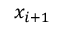
x _ { i + 1 }